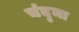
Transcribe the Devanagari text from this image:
चंदृमा